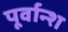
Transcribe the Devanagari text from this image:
पूर्वान्श